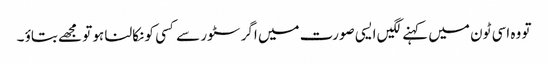
تو وہ اسی ٹون میں کہنے لگیں ایسی صورت میں اگر سٹور سے کسی کو نکالنا ہو تو مجھے بتاؤ ۔